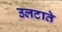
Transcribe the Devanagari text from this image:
उलटाते